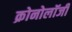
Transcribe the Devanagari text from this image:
क्रोनोलॉजी